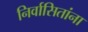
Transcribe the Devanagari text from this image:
निर्वासितांना